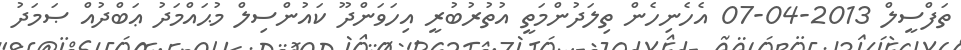
ތަފްސީލް 2013-04-07 އެހެނިހެން ތިލަދުންމަތީ އުތުރުބުރީ އިހަވަންދޫ ކައުންސިލް މުޙައްމަދު ޢަބްދުއް ޞަމަދު